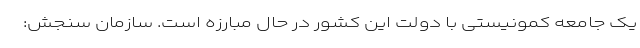
یک جامعه کمونیستی با دولت این کشور در حال مبارزه است. سازمان سنجش: